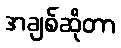
အချစ်ဆိုတာ